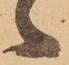
ヽ